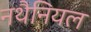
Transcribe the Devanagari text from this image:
नथैनियल